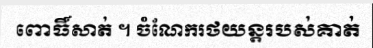
ពោធិ៍សាត់ ។ ចំណែករថយន្តរបស់គាត់